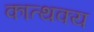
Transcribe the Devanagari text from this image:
कात्थक्य